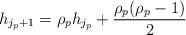
LaTeX: \begin{align*}h_{j_p+1} = \rho_p h_{j_p} + \frac{\rho_p(\rho_p-1)}{2} \end{align*}